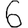
Digit: 6